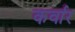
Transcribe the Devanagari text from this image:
कर्वार